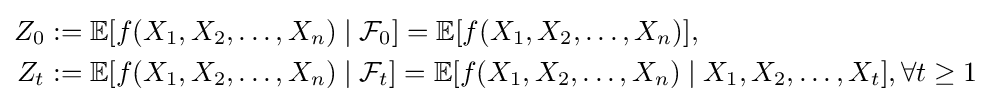
{\begin{aligned}Z_{0}&:=\mathbb {E} [f(X_{1},X_{2},\dots ,X_{n})\mid {\mathcal {F}}_{0}]=\mathbb {E} [f(X_{1},X_{2},\dots ,X_{n})],\\Z_{t}&:=\mathbb {E} [f(X_{1},X_{2},\dots ,X_{n})\mid {\mathcal {F}}_{t}]=\mathbb {E} [f(X_{1},X_{2},\dots ,X_{n})\mid X_{1},X_{2},\dots ,X_{t}],\forall t\geq 1\end{aligned}}